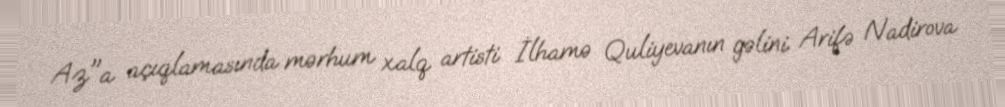
Az"a açıqlamasında mərhum xalq artisti İlhamə Quliyevanın gəlini Arifə Nadirova